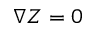
\nabla Z = 0